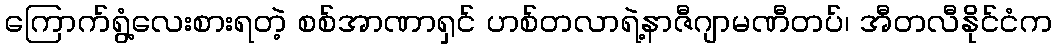
ကြောက်ရွံ့လေးစားရတဲ့ စစ်အာဏာရှင် ဟစ်တလာရဲ့နာဇီဂျာမဏီတပ်၊ အီတလီနိုင်ငံက